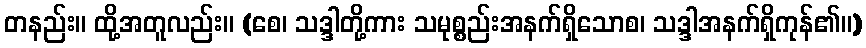
တနည်း။ ထို့အတူလည်း။ (စေ၊ သဒ္ဒါတို့ကား သမုစ္စည်းအနက်ရှိသောစ၊ သဒ္ဒါအနက်ရှိကုန်၏။)